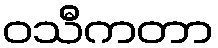
ဝသီကတာ